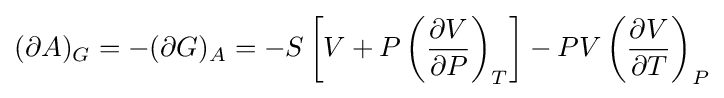
(\partial A)_{G}=-(\partial G)_{A}=-S\left[V+P\left({\frac {\partial V}{\partial P}}\right)_{T}\right]-PV\left({\frac {\partial V}{\partial T}}\right)_{P}